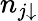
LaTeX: n_{j\downarrow}